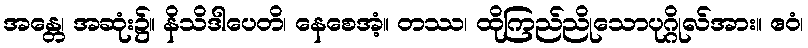
အန္တေ၊ အဆုံး၌။ နိသိဒါပေတိ၊ နေစေအံ့။ တဿ၊ ထိုကြည်ညိုသောပုဂ္ဂိုလ်အား။ ဧဝံ၊